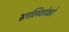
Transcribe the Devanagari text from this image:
सालिकोको